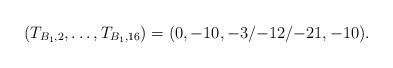
LaTeX: \begin{align*}(T_{B_1,2}, \dots, T_{B_1,16}) = (0,-10,{-3}/{-12}/{-21},-10).\end{align*}